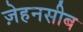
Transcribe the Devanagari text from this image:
ज़ेहनसीब